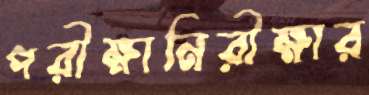
পরীক্ষানিরীক্ষার